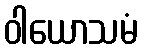
ဝါယောသမံ